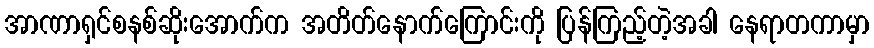
အာဏာရှင်စနစ်ဆိုးအောက်က အတိတ်နောက်ကြောင်းကို ပြန်ကြည့်တဲ့အခါ နေရာတကာမှာ